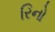
રિનો